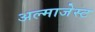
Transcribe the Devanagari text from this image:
अल्माजेस्ट